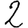
Digit: 2